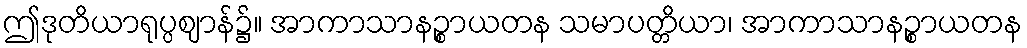
ဤဒုတိယာရုပ္ပဈာန်၌။ အာကာသာနဉ္စာယတန သမာပတ္တိယာ၊ အာကာသာနဉ္စာယတန